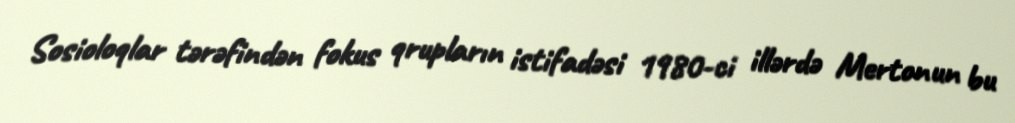
Sosioloqlar tərəfindən fokus qrupların istifadəsi 1980-ci illərdə Mertonun bu